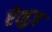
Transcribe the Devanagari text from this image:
ऐंशुज़